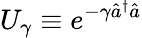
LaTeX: U_{\gamma}\equiv e^{-\gamma\hat{a}^{\dagger}\hat{a}}